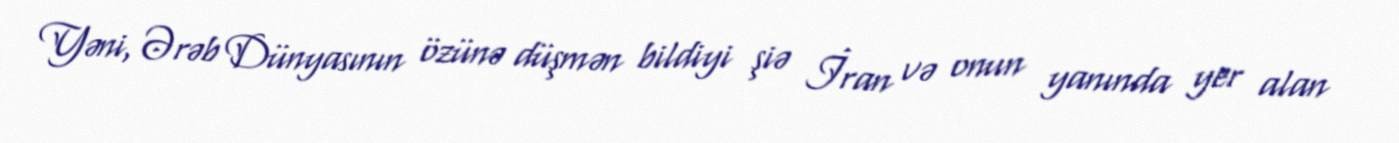
Yəni, Ərəb Dünyasının özünə düşmən bildiyi şiə İran və onun yanında yer alan